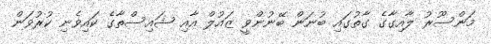
މަންސޫރު ލާއިގާގެ ގާތުގައި ބުނަން ބޭނުންވީ ޒައުލް އާއި ޝައިސްތާގެ ކައިވެނި ކުރުވަން